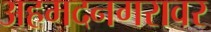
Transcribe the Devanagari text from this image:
अहमदनगरावर